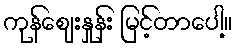
ကုန်ဈေးနှုန်း မြင့်တာပေါ့။